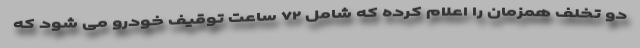
دو تخلف همزمان را اعلام کرده که شامل ۷۲ ساعت توقیف خودرو می شود که